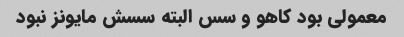
معمولی بود کاهو و سس البته سسش مایونز نبود